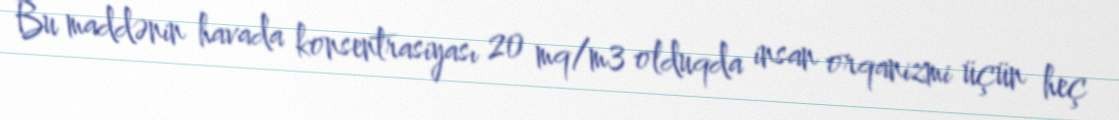
Bu maddənin havada konsentrasiyası 20 mq/m3 olduqda insan orqanizmi üçün heç